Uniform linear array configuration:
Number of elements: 8
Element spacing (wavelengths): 0.25
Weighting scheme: blackman
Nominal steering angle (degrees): -60
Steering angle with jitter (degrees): -59.124
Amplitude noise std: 0.05
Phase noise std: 0.05

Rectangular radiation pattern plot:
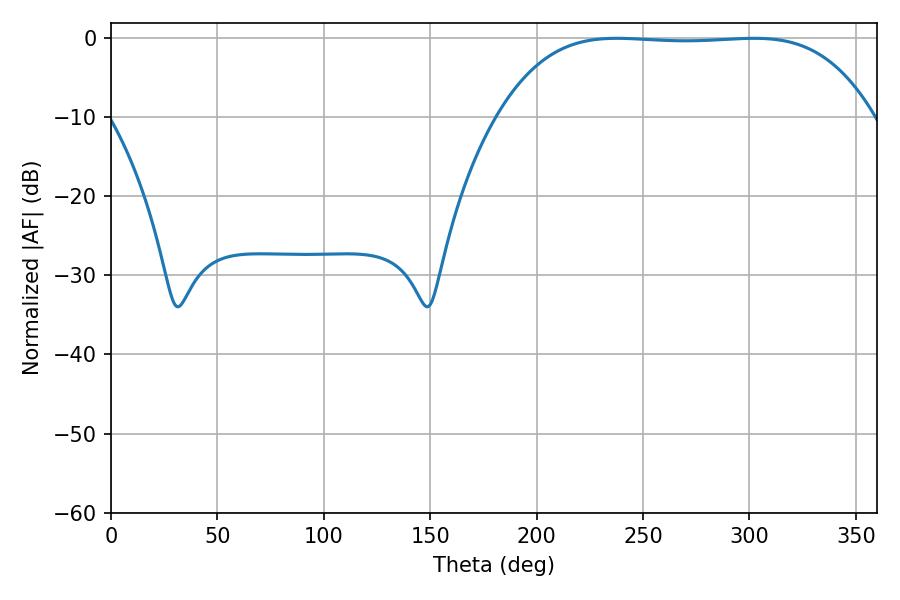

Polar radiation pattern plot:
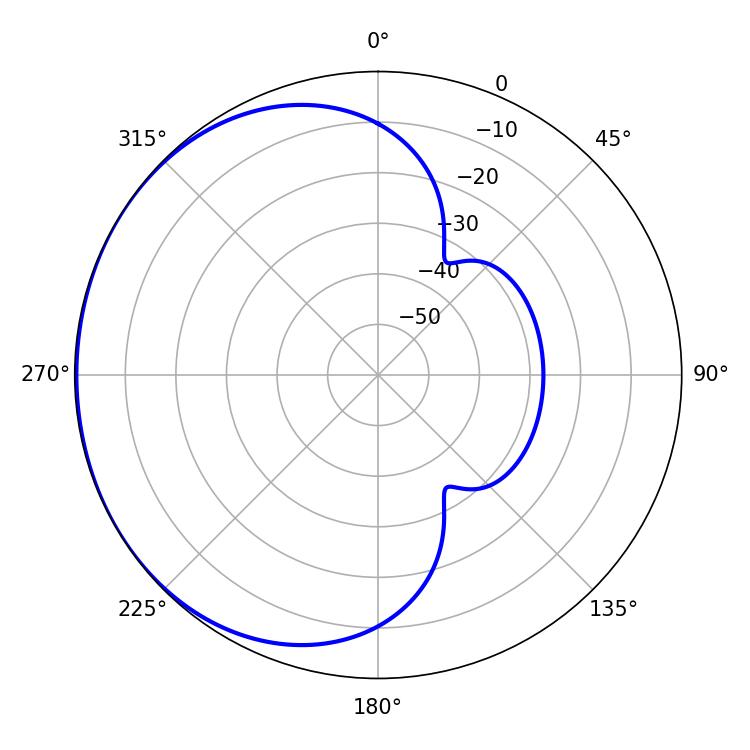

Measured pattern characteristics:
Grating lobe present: FALSE
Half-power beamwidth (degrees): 136.08
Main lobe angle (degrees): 237.78